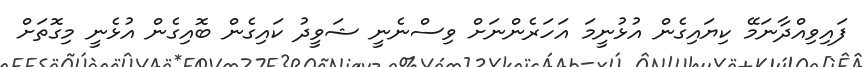
ފައިވިއްދާނަމޭ ކިޔައިގެން އުޅުނީމަ އަހަރެންނަށް ވިސްނެނީ ޝަވީދު ކައިގެން ބޮއިގެން އުޅެނީ މިގޮތަށް